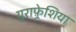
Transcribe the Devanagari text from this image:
यूराफ़्रेशिया